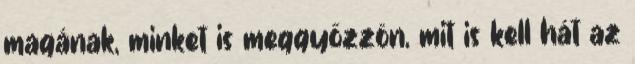
magának, minket is meggyőzzön, mit is kell hát az